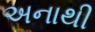
અનાથી